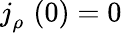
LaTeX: j_{\rho}^{\mathrm{~\, ~}}\left(0\right)=0